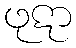
ဖုဋာ